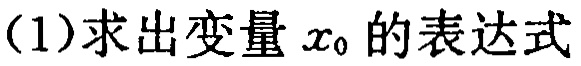
(1)求出变量 \(x_{0}\) 的表达式